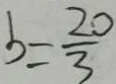
b = \frac { 2 0 } { 3 }